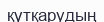
қүтқарудың